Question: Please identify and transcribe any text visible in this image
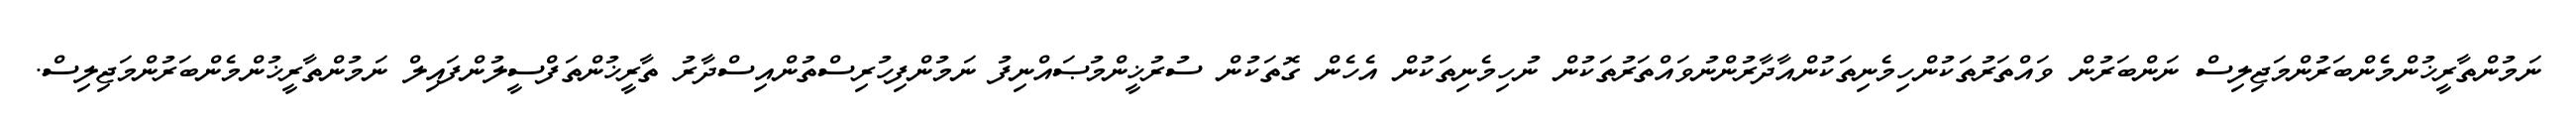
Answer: ނަމުންތާރީޚުންމެންބަރުންމަޖިލިސް ނަންބަރުން ވައްތަރުތަކުންހިމެނިތަކުންއާދާރުންނުވައްތަރުތަކުން ނުހިމެނިތަކުން އެހެން ގޮތަކުން ސުރުޚީންމުޞައްނިފު ނަމުންފިހުރިސްތުންއިސްދާރު ތާރީޚުންތަފްސީލުންފައިލް ނަމުންތާރީޚުންމެންބަރުންމަޖިލިސް.